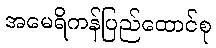
အမေရိကန်ပြည်ထောင်စု